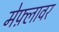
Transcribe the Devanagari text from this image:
मेफ़्लावर